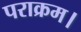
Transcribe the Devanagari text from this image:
पराक्रम।